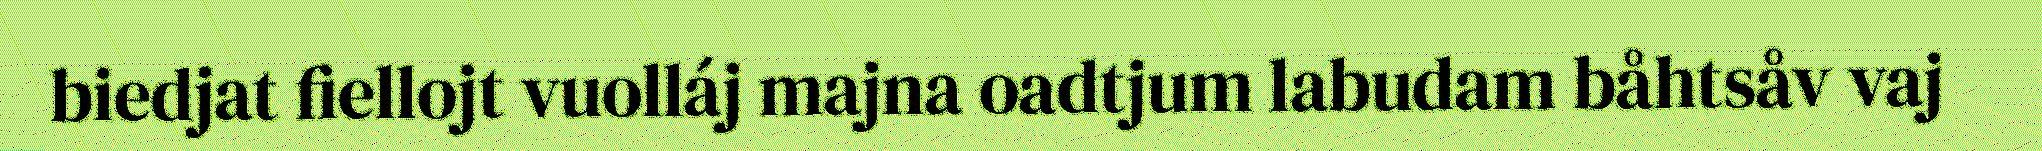
biedjat fiellojt vuolláj majna oadtjum labudam båhtsåv vaj